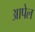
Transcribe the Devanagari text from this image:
आपेल